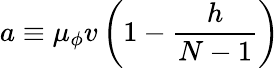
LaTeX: a\equiv\mu_{\phi}v\left(1-\frac{h}{N-1}\right)